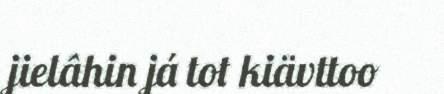
jielâhin já tot kiävttoo